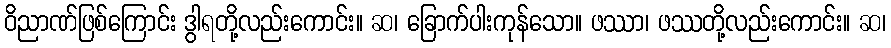
ဝိညာဏ်ဖြစ်ကြောင်း ဒွါရတို့လည်းကောင်း။ ဆ၊ ခြောက်ပါးကုန်သော။ ဖဿာ၊ ဖဿတို့လည်းကောင်း။ ဆ၊